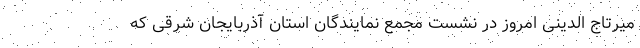
میرتاج الدینی امروز در نشست مجمع نمایندگان استان آذربایجان شرقی که